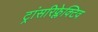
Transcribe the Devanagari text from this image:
ट्रांसरिफ्लेक्टिव